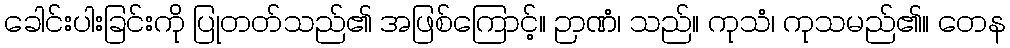
ခေါင်းပါးခြင်းကို ပြုတတ်သည်၏ အဖြစ်ကြောင့်။ ဉာဏံ၊ သည်။ ကုသံ၊ ကုသမည်၏။ တေန